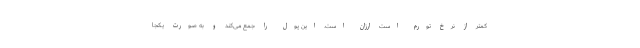
کمتر از نرخ تورم است ارزان است. این پول را جمع می‌کند و به صورت یکجا